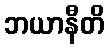
ဘယာနီတိ